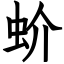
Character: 蚧